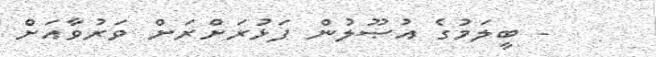
- ބީލަމުގެ އުޞޫލުން ފަޅުރަށްރަށް ވަރުވާއަށް